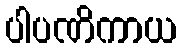
ပါပဏိကာယ